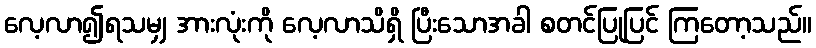
လေ့လာ၍ရသမျှ အားလုံးကို လေ့လာသိရှိ ပြီးသောအခါ စတင်ပြုပြင် ကြတော့သည်။